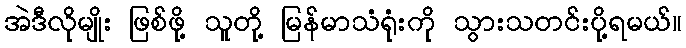
အဲဒီလိုမျိုး ဖြစ်ဖို့ သူတို့ မြန်မာသံရုံးကို သွားသတင်းပို့ရမယ်။